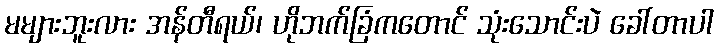
မများဘူးလား အန်တီရယ်၊ ဟိုဘက်ခြံကတောင် သုံးသောင်းပဲ ခေါ်တာပါ